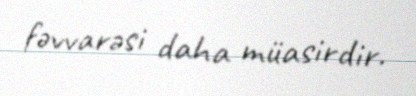
fəvvarəsi daha müasirdir.